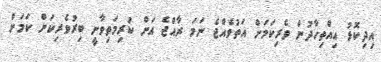
އިދިކޮޅު އިއްތިހާދުން ވެރިކަމަށް އަތުވެއްޖެ ނަމަ ރާއްޖެ އަށް ކުރިމަތިވާނީ ބިރުވެރިކަން ކަމަށް